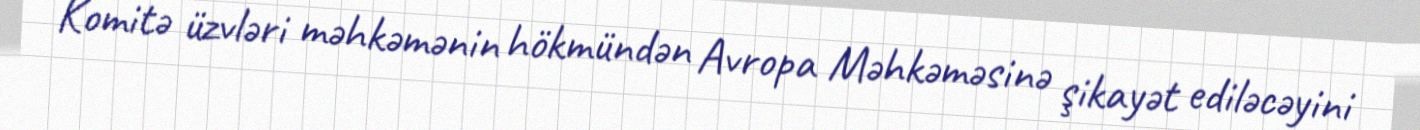
Komitə üzvləri məhkəmənin hökmündən Avropa Məhkəməsinə şikayət ediləcəyini